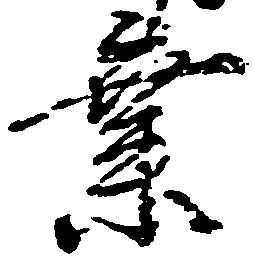
業